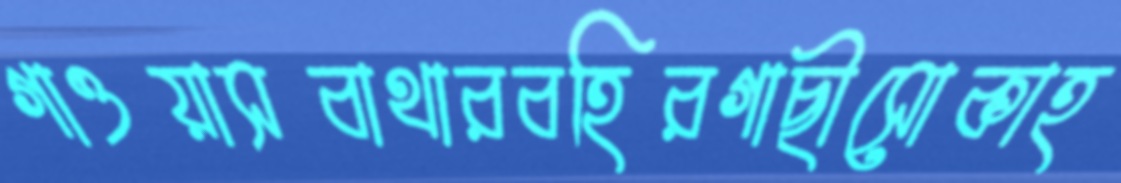
গাওয়াসবাথারবহিরগাছীসোকাহ